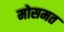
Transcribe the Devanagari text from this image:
मोसमत